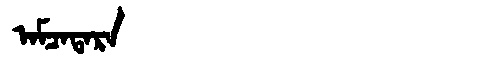
Manchu: ᠠᠮᠴᠠᡨᠠᡵᠠ
Romanization: AMCATARA